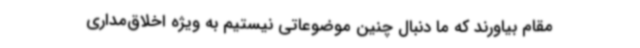
مقام بیاورند که ما دنبال چنین موضوعاتی نیستیم به ویژه اخلاق‌مداری